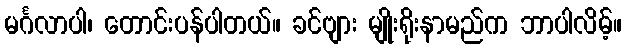
မင်္ဂလာပါ၊ တောင်းပန်ပါတယ်။ ခင်ဗျား မျိုးရိုးနာမည်က ဘာပါလိမ့်။